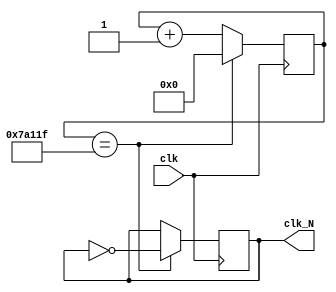
module divider #(parameter N = 1000000 )(clk, clk_N);
    input clk;                     
    output  reg clk_N;                        
    reg [31:0] counter;   
    initial counter<=0;
    initial clk_N<=0;          
    always @(posedge clk)  begin    
        if(counter==(N>>1)-1) begin
            counter <= 32'b0;
            clk_N <= ~clk_N;
            end
        else
            counter <= counter+1;                   
    end                           
endmodule